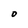
Character: O